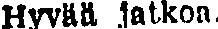
Hyvää jatkoa.